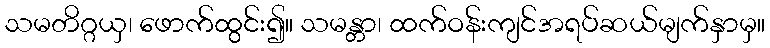
သမတိဂ္ဂယှ၊ ဖောက်ထွင်း၍။ သမန္တာ၊ ထက်ဝန်းကျင်အရပ်ဆယ်မျက်နှာမှ။